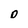
Character: D